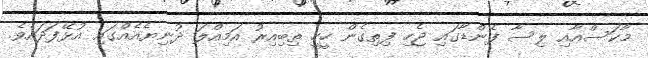
މާކަސްއާއި ލިސާ ފެންޑާގައި ޖެހި ފިތިގެން ހީހީ ތިބިއިރު އަމިއްލަ ދުނިޔެއެއްގައި އުޅޭފަދައެވެ.